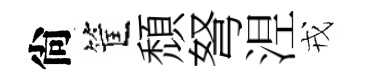
尙筐頹弩𣵀戎